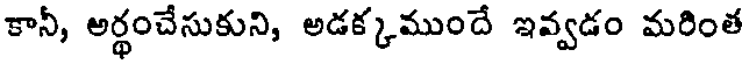
కానీ, అర్థంచేసుకుని, అడక్కముందే ఇవ్వడం మరింత